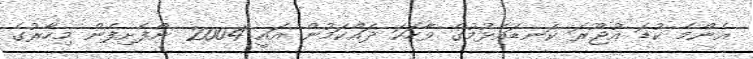
އެންމެ ކުޑަ އުޖޫރަ ކަނޑައެޅުމުގެ ވާހަކަ ދައްކަމުން އައީ 2004 ންފެށިފެން މިހާރުގެ